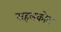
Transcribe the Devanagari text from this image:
सहलकोट